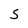
Character: S